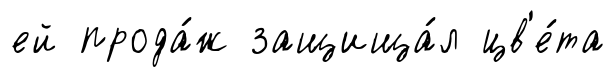
ей прода́ж защища́л цв'е́та